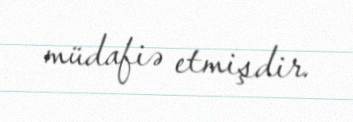
müdafiə etmişdir.